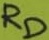
Text: RD